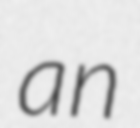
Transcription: an